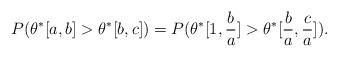
LaTeX: \begin{align*}P(\theta^*[a,b]>\theta^*[b,c])=P(\theta^*[1,\frac{b}{a}]>\theta^*[\frac{b}{a},\frac{c}{a}]).\end{align*}